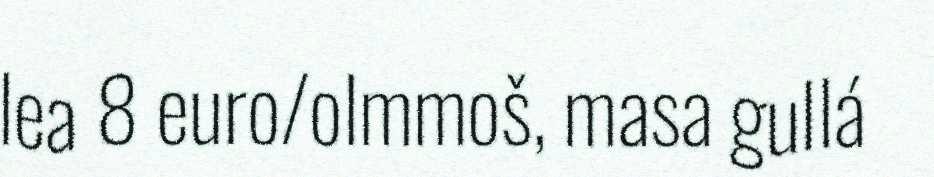
lea 8 euro/olmmoš, masa gullá